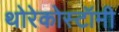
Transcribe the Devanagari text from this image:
थोरेकोस्टॉमी